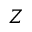
Z